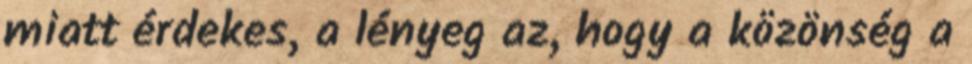
miatt érdekes, a lényeg az, hogy a közönség a